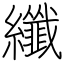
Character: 纖